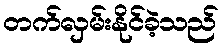
တက်လှမ်းနိုင်ခဲ့သည်